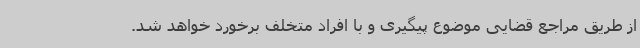
از طریق مراجع قضایی موضوع پیگیری و با افراد متخلف برخورد خواهد شد.